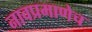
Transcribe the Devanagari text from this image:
नावप्रमाणेच